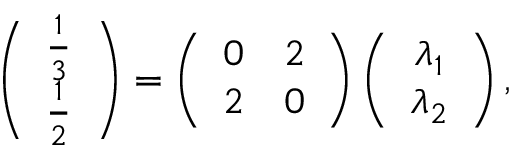
\left( \begin{array} { c } { \frac { 1 } { 3 } } \\ { \frac { 1 } { 2 } } \end{array} \right) = \left( \begin{array} { c c } { 0 } & { 2 } \\ { 2 } & { 0 } \end{array} \right) \left( \begin{array} { c } { \lambda _ { 1 } } \\ { \lambda _ { 2 } } \end{array} \right) ,